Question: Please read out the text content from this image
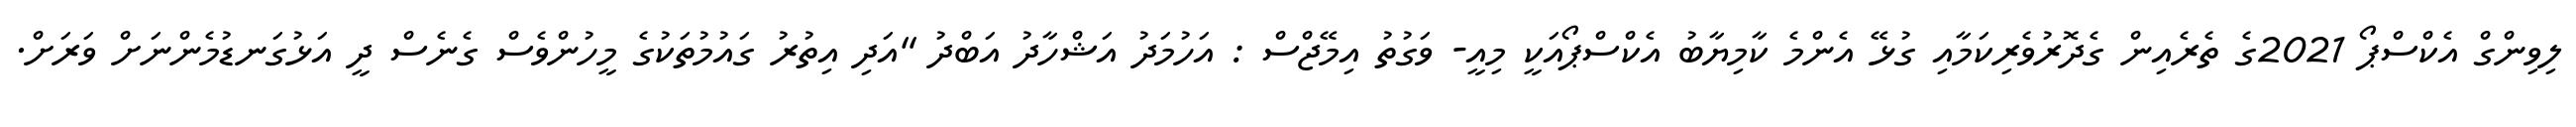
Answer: ލިވިންގް އެކްސްޕޯ 2021ގެ ތެރެއިން ގެދޮރުވެރިކަމާއި ގުޅޭ އެންމެ ކާމިޔާބު އެކްސްޕޯއަކީ މިއީ- ވަގުތު އިމޭޖްސް : އަހުމަދު އަޝްހާދު އަބްދު "އަދި އިތުރު ގައުމުތަކުގެ މީހުންވެސް ގެނެސް ދީ އަޅުގަނޑުމެންނަށް ވަރަށް.